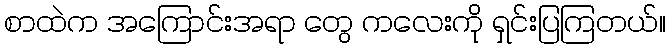
စာထဲက အကြောင်းအရာ တွေ ကလေးကို ရှင်းပြကြတယ်။